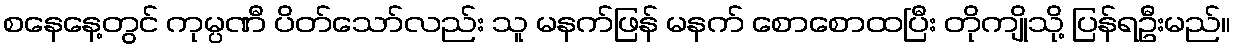
စနေနေ့တွင် ကုမ္ပဏီ ပိတ်သော်လည်း သူ မနက်ဖြန် မနက် စောစောထပြီး တိုကျိုသို့ ပြန်ရဦးမည်။